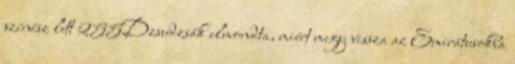
színész lett 255Dzsudzsák elmondta, miért megy vissza az Emirátusokba